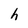
Character: h